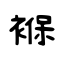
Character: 褓